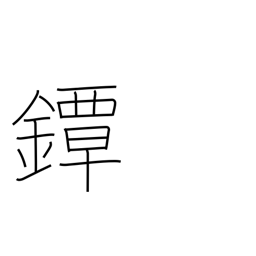
Meaning: sword guard